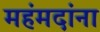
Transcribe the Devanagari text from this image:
महंमदांना